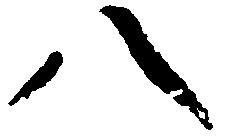
八